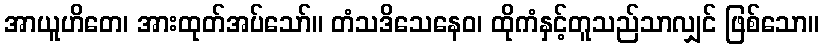
အာယူဟိတေ၊ အားထုတ်အပ်သော်။ တံသဒိသေနေဝ၊ ထိုကံနှင့်တူသည်သာလျှင် ဖြစ်သော။